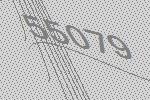
55079